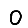
Digit: 0